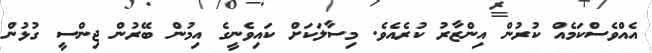
އެއްވެސްކަމެއް ކުރުން އިންޒާރު ކުރެއެވެ. މިސާލަކަށް ކައިވެނީގެ އިމުން ބޭރުން ޖިންސީ ގުޅުން